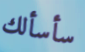
سأسألك